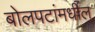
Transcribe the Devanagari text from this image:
बोलपटांमधील